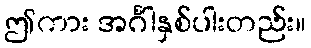
ဤကား အင်္ဂါနှစ်ပါးတည်း။